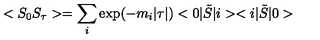
< S _ { 0 } S _ { \tau } > = \sum _ { i } \exp ( - m _ { i } | \tau | ) < 0 | \tilde { S } | i > < i | \tilde { S } | 0 >